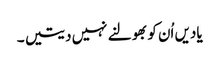
یادیں اُن کو بھولنے نہیں دیتیں ۔